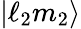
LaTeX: \vert\ell_{2}m_{2}\rangle